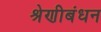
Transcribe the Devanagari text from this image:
श्रेणीबंधन